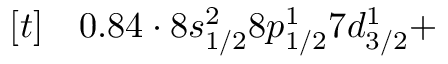
\begin{array} { r l } { [ t ] } & { { } 0 . 8 4 \cdot 8 s _ { 1 / 2 } ^ { 2 } 8 p _ { 1 / 2 } ^ { 1 } 7 d _ { 3 / 2 } ^ { 1 } + } \end{array}